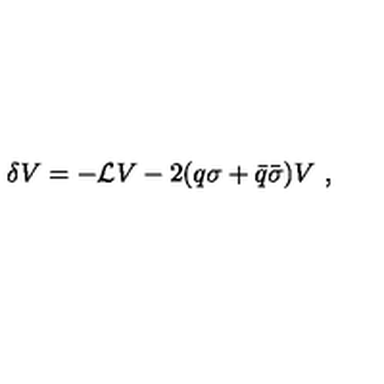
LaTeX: \delta V = - { \mathcal L } V - 2 ( q \sigma + { \bar { q } } { \bar { \sigma } } ) V \ ,